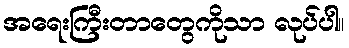
အရေးကြီးတာတွေကိုသာ လုပ်ပါ။